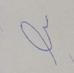
Signature authenticity: forged